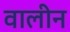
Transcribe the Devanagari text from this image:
वालीन